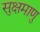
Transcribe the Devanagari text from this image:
सुक्षमाणु